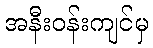
အနီးဝန်းကျင်မှ